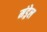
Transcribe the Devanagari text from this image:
मंड्रेल